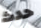
حدث